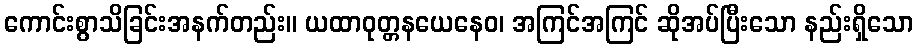
ကောင်းစွာသိခြင်းအနက်တည်း။ ယထာဝုတ္တနယေနေဝ၊ အကြင်အကြင် ဆိုအပ်ပြီးသော နည်းရှိသော